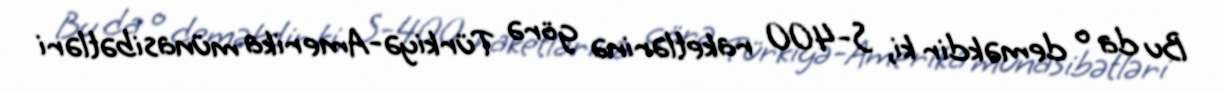
Bu da o deməkdir ki, S-400 raketlərinə görə Türkiyə-Amerika münasibətləri